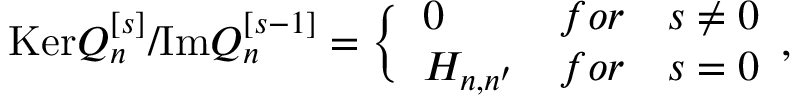
\mathrm { K e r } Q _ { n } ^ { [ s ] } / \mathrm { I m } Q _ { n } ^ { [ s - 1 ] } = \Bigl \lbrace \begin{array} { l l l } { { 0 } } & { { f o r } } & { { s \not = 0 } } \\ { { { \cal H } _ { n , n ^ { \prime } } } } & { { f o r } } & { { s = 0 } } \end{array} ,